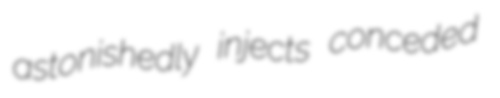
astonishedly injects conceded